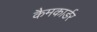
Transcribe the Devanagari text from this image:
कैमकार्डर